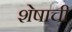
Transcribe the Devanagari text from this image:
शेषाची